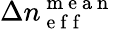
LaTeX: \Delta n_{\mathrm{~e~f~f~}}^{\mathrm{~m~e~a~n~}}